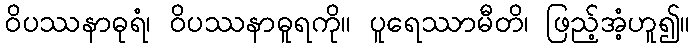
ဝိပဿနာဓုရံ၊ ဝိပဿနာဓူရကို။ ပူရေဿာမီတိ၊ ဖြည့်အံ့ဟူ၍။